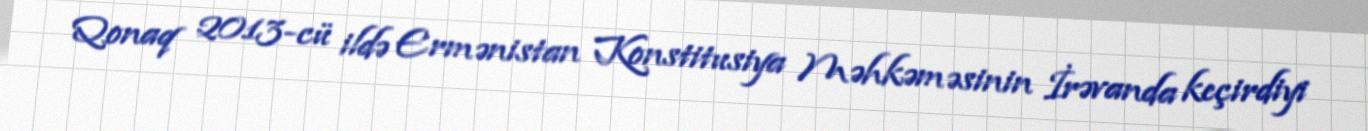
Qonaq 2013-cü ildə Ermənistan Konstitusiya Məhkəməsinin İrəvanda keçirdiyi